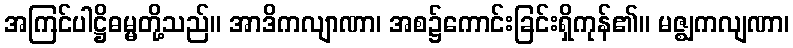
အကြင်ပါဋ္ဌိဓမ္မတို့သည်။ အာဒိကလျာဏာ၊ အစ၌ကောင်းခြင်းရှိကုန်၏။ မဇ္ဈကလျဏာ၊